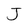
Character: J